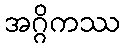
အဂ္ဂိကဿ